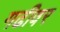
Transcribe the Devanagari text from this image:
गढीवर